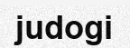
judogi